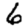
Digit: 6